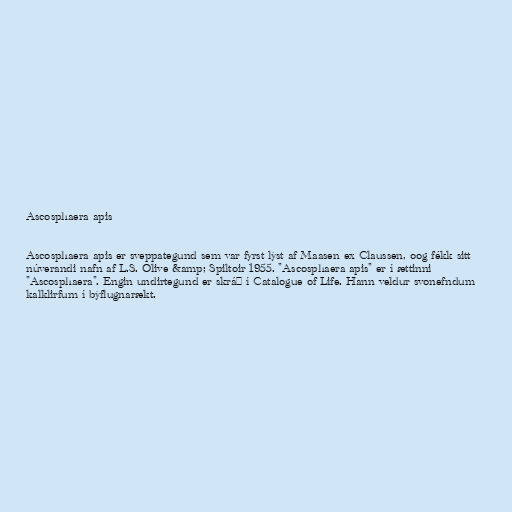
Ascosphaera apis

Ascosphaera apis er sveppategund sem var fyrst lýst af Maasen ex Claussen, oog fékk sitt
núverandi nafn af L.S. Olive &amp; Spiltoir 1955. "Ascosphaera apis" er í ættinni
"Ascosphaera". Engin undirtegund er skráð í Catalogue of Life. Hann veldur svonefndum
kalklirfum í býflugnarækt.